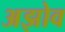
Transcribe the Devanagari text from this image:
अझोव